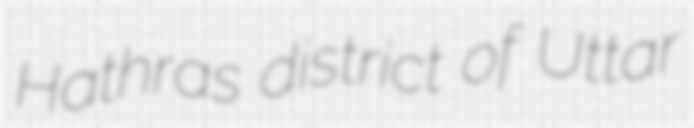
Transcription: Hathras district of Uttar